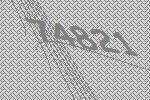
74821